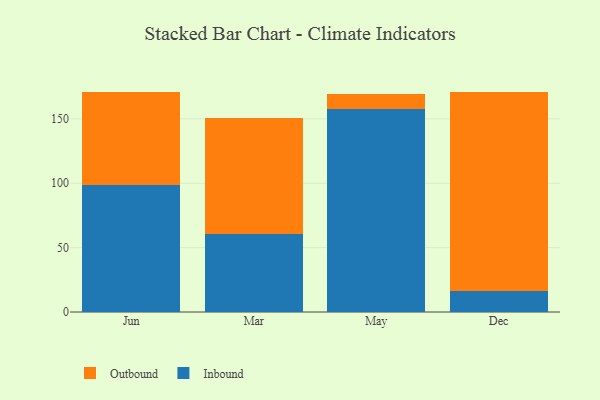
{"axis": {"x": "Month", "y": "Shipments"}, "legend": ["Inbound", "Outbound"], "data": [{"x": "Jun", "y": 98.4, "type": "Inbound"}, {"x": "Jun", "y": 72.7, "type": "Outbound"}, {"x": "Mar", "y": 60.3, "type": "Inbound"}, {"x": "Mar", "y": 90.1, "type": "Outbound"}, {"x": "May", "y": 157.4, "type": "Inbound"}, {"x": "May", "y": 11.7, "type": "Outbound"}, {"x": "Dec", "y": 16.6, "type": "Inbound"}, {"x": "Dec", "y": 154.6, "type": "Outbound"}]}